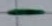
Text: -